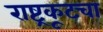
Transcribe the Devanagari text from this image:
राष्ट्रकूटचा